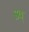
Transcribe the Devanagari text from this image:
डव्